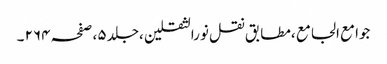
جوامع الجامع ،مطابق نقل نورالثقلین ،جلد ٥ ،صفحہ ٢٦٤ ۔